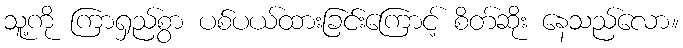
သူ့ကို ကြာရှည်စွာ ပစ်ပယ်ထားခြင်းကြောင့် စိတ်ဆိုး နေသည်လော။